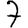
Digit: 7